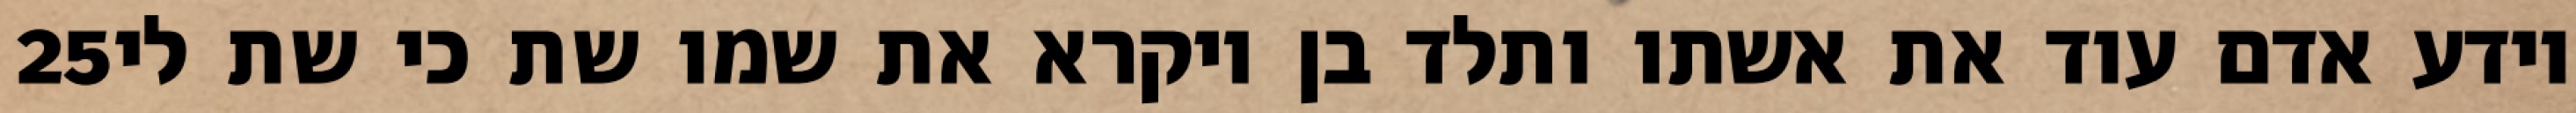
‎25‏ וידע אדם עוד את אשתו ותלד בן ויקרא את שמו שת כי שת לי